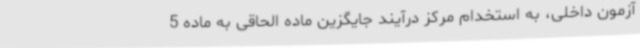
آزمون داخلی، به استخدام مرکز درآیند جایگزین ماده الحاقی به ماده 5